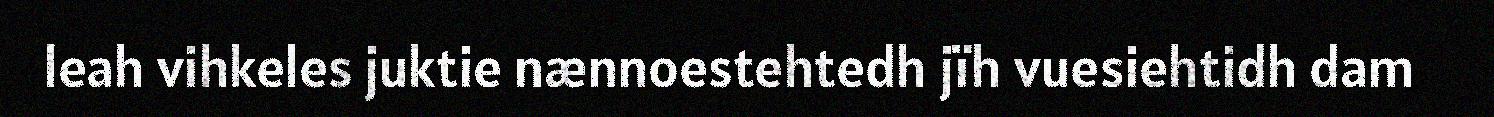
leah vihkeles juktie nænnoestehtedh jïh vuesiehtidh dam